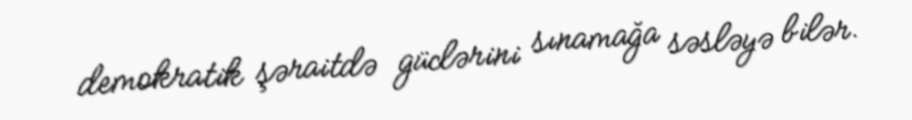
demokratik şəraitdə güclərini sınamağa səsləyə bilər.